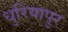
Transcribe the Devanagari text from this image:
धुरियापुर